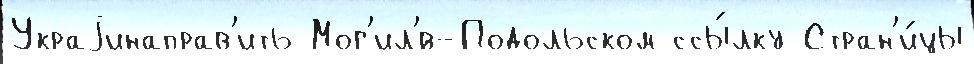
Украjинаправ'ить Мог'ил'́в-Подольском ссы́лку Стран'и́цы